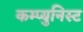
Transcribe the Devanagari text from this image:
कम्प्युनिस्ट